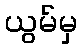
ယွမ်မှ